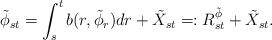
LaTeX: \begin{align*}\tilde{\phi}_{st} & = \int_s^t b(r,\tilde{\phi}_r)dr + \tilde{X}_{st} =: R^{\tilde{\phi}}_{st} + \tilde{X}_{st} .\end{align*}